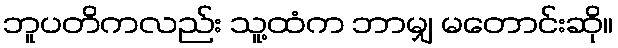
ဘူပတိကလည်း သူ့ထံက ဘာမျှ မတောင်းဆို။